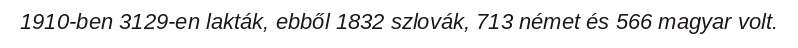
1910-ben 3129-en lakták, ebből 1832 szlovák, 713 német és 566 magyar volt.